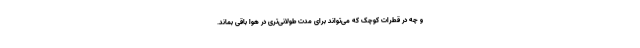
و چه در قطرات کوچک که می‌تواند برای مدت طولانی‌تری در هوا باقی بماند.